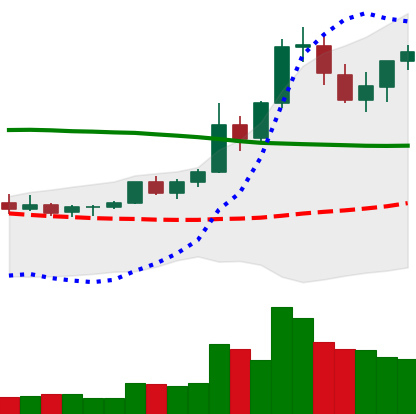
Ticker: XRP-USD
Chart end date: 2021-08-20
Forward return: -7.18%
Label: down_7plus